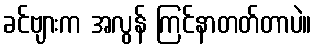
ခင်ဗျားက အလွန် ကြင်နာတတ်တာပဲ။